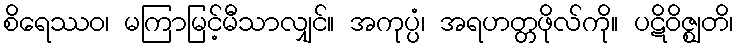
စိရေဿဝ၊ မကြာမြင့်မီသာလျှင်။ အကုပ္ပံ၊ အရဟတ္တဖိုလ်ကို။ ပဋိဝိဇ္ဈတိ၊